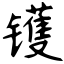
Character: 镬